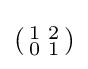
\left({\begin{smallmatrix}1&2\\0&1\end{smallmatrix}}\right)